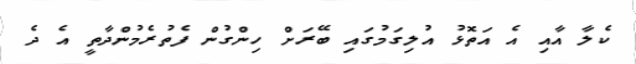
ކެލާ އާއި އެ އަތޮޅު އުލިގަމުގައި ބޭރަށް ހިންގުން ފެތުރެމުންދާތީ އެ ދެ